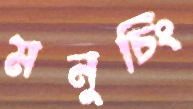
মনুচিং